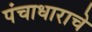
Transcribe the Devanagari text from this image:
पंचाधाराचे